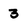
Character: 3